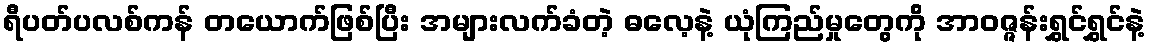
ရီပတ်ပလစ်ကန် တယောက်ဖြစ်ပြီး အများလက်ခံတဲ့ ဓလေ့နဲ့ ယုံကြည်မှုတွေကို အာဝဇ္ဇန်းရွှင်ရွှင်နဲ့